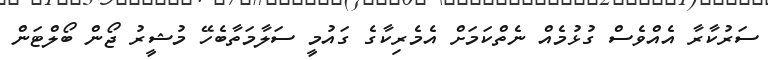
ސަރުކާރާ އެއްވެސް ގުޅުމެއް ނެތްކަމަށް އެމެރިކާގެ ގައުމީ ސަލާމަތާބެހޭ މުޝީރު ޖޯން ބޯލްޓަން